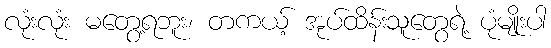
လုံးလုံး မတွေ့ရဘူး၊ တကယ့် အုပ်ထိန်းသူတွေရဲ့ ပုံမျိုးပါ